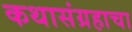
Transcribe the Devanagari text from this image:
कथासंग्रहाचा